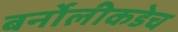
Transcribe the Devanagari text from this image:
बर्नोलीकडेच